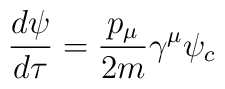
\frac{d\psi}{d\tau} = \frac{p_{\mu }}{2m}\gamma ^{\mu } \psi _{c}